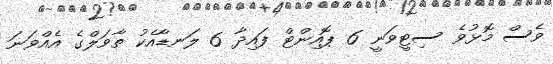
ވެސް މޮޅުވެ ސިޓީވަނީ 6 ޕޮއިންޓް ފައިދާ 6 ލަނޑާއެކު ތާވަލްގެ އެއްވަނަ